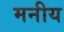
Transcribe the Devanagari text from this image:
मनीय